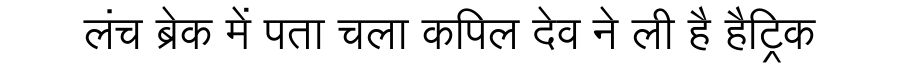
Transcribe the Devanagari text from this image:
लंच ब्रेक में पता चला कपिल देव ने ली है हैट्रिक